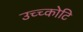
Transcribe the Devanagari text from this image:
उच्च्कोटि